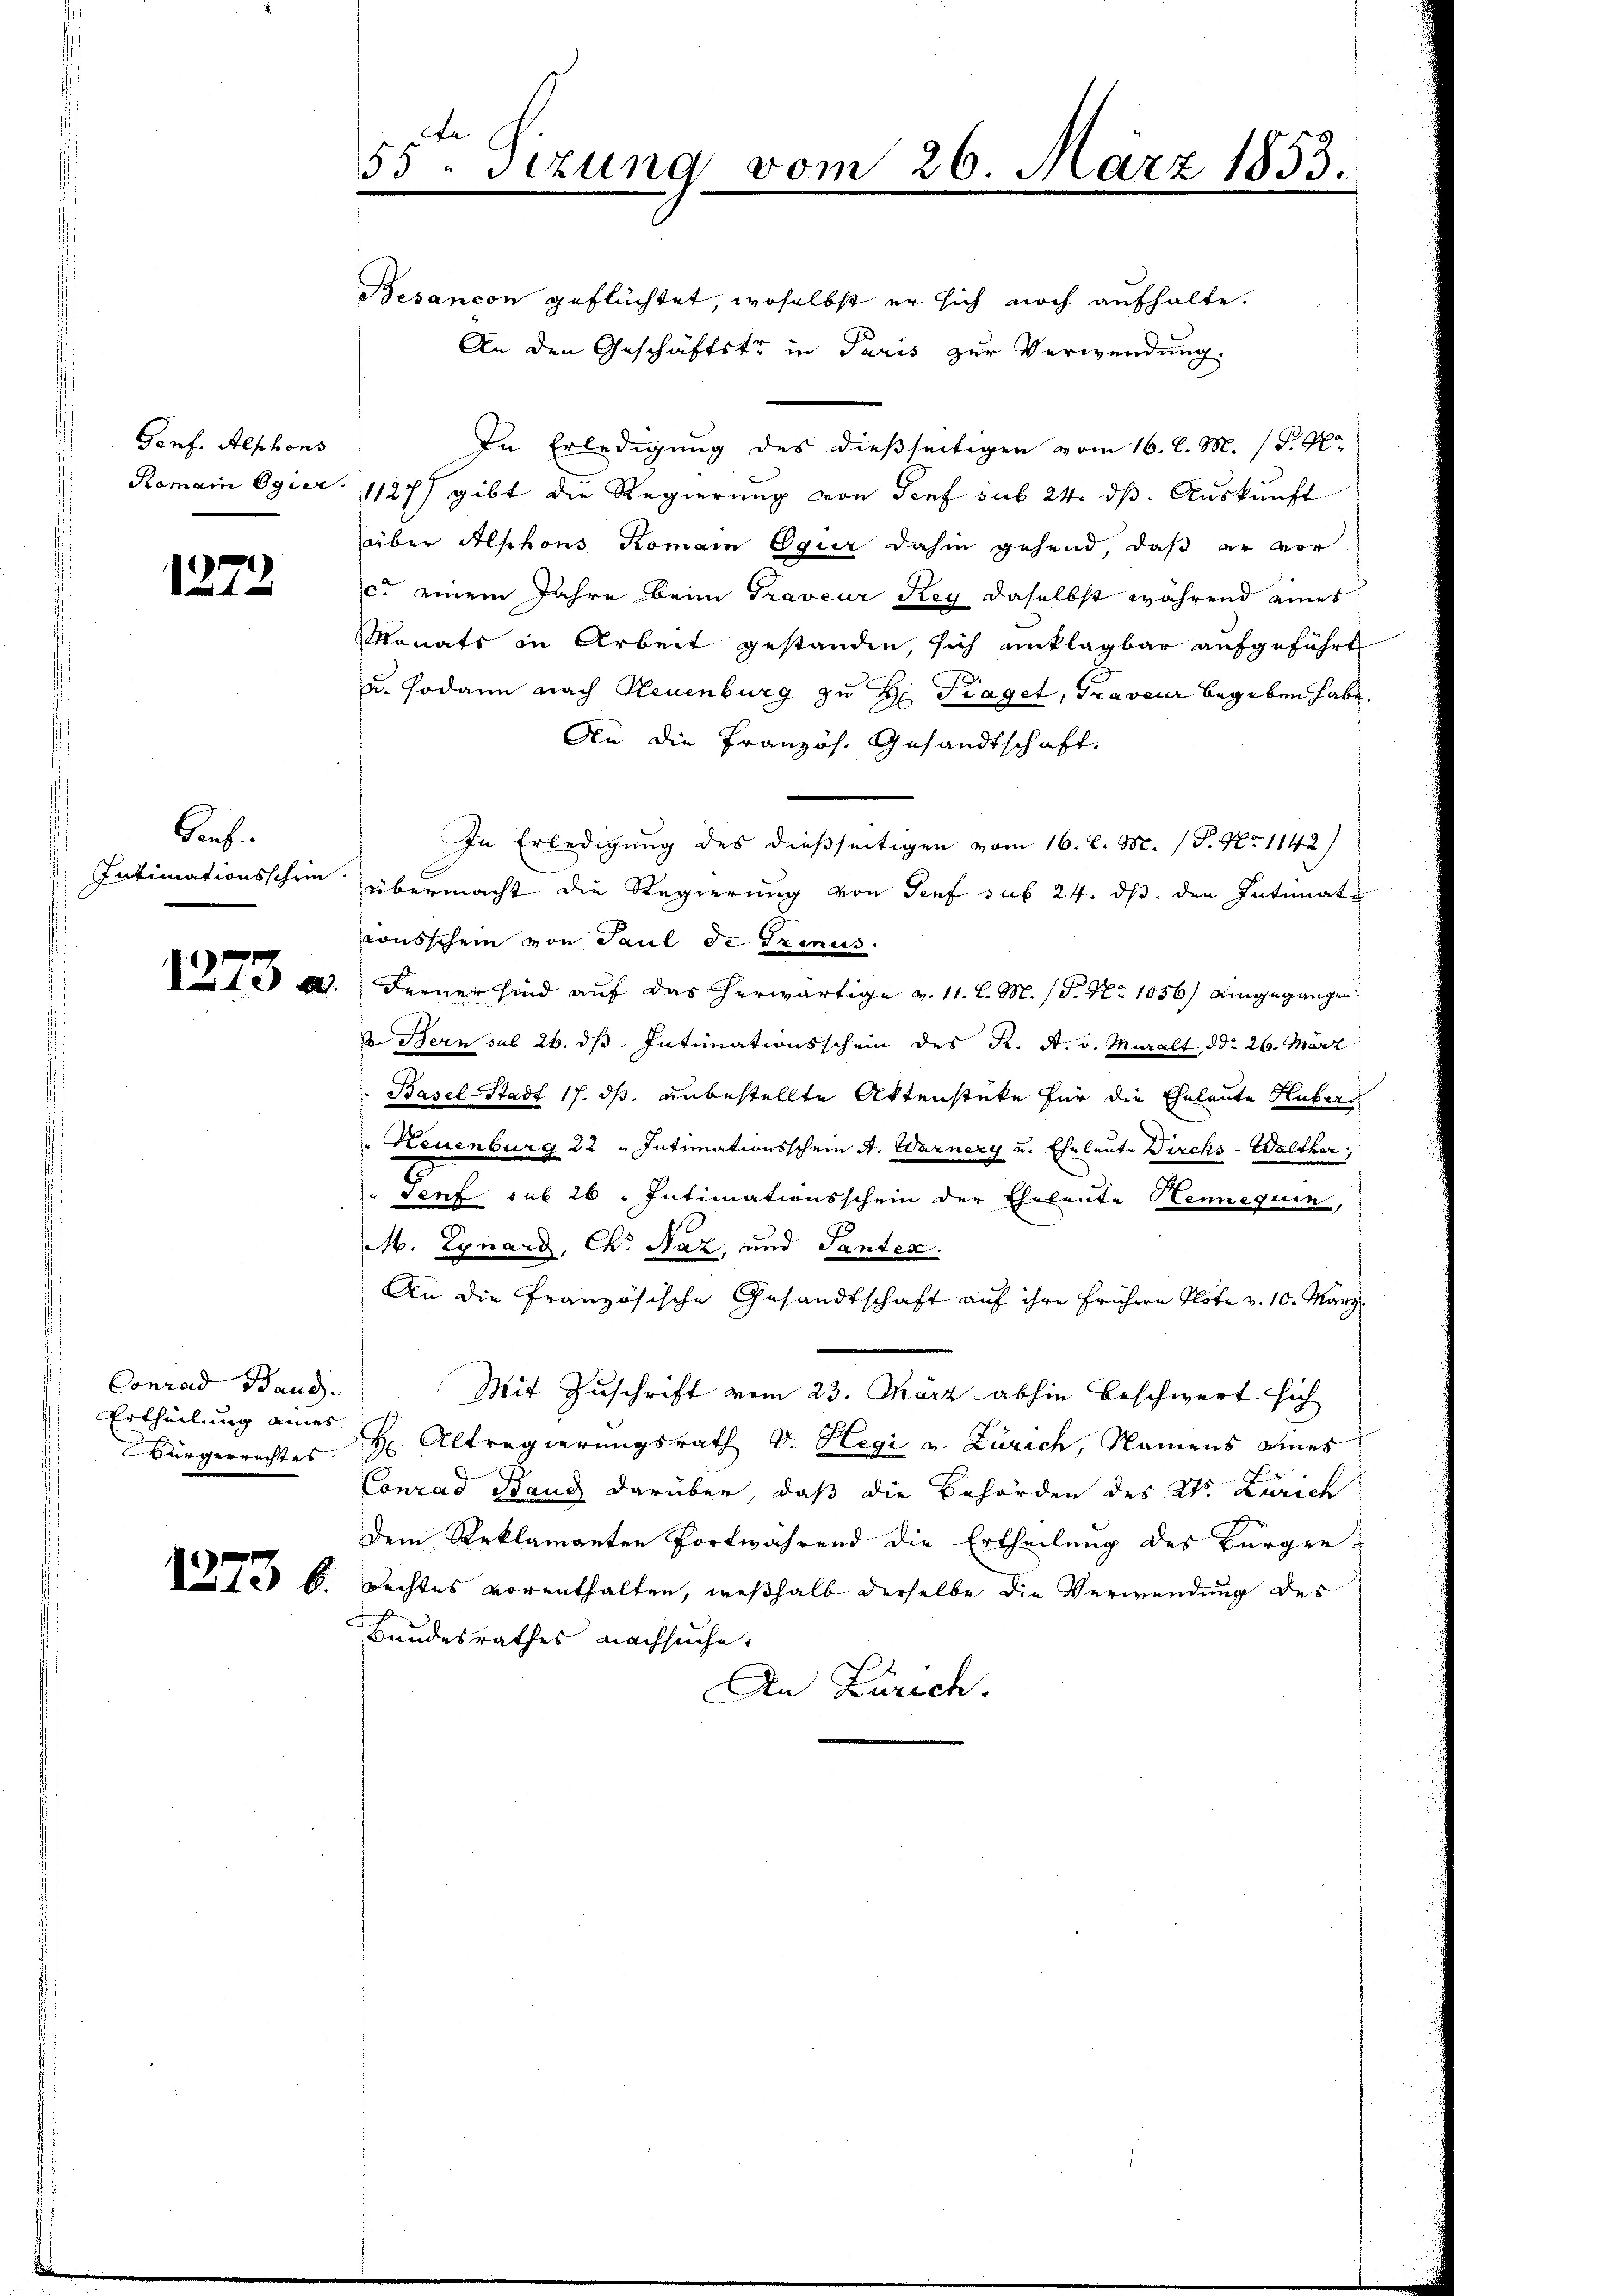
Genf. Alphons
Romain Egier

1272

Bonf.
Intimationsschrie
1273 a

Conrad Band.
Ertheilung eines
Bürgerrechtes

55 sizung vom 26. März 1853.

Besancon geflüchtet, woselbst er sich noch aufhalte.
An den Geschäftstr in Paris zur Verwendung.
In Erledigung des dießseitigen vom 16. l. M. (T. K.
1127) gibt die Regierung von Genf sub 24. dβ. Aŭskŭnft
über Alphons Romain Ogur dahin gehend, daß er vor
c. einem Jahre beim Traveur Rey daselbst während eines
Monats in Arbeit gestanden, sich unklagbar aufgeführt
u. sodann nach Neuenburg zu H: Fraget, Graveur begeben habe.
An die Französ. Gesandtschaft.
In Erledigung des dießseitigen vom 16. d. M. (T. No 1142)
übermacht die Regierung von Senf sub 24. ds. den Intimat
vonsschein von Paul de Trenus.
Ferner sind auf das herwärtige v. 11. l. M. (S. Nr. 1056) eingegangen
d Bern sub 26. ds Intimationsschein des K. A. v. Muralt ddo 26. März
Basel-Stadt 17. ds. unbestellte Aktenstüke für die Eheleute Hubers
Neuenburg 22 " Intimationsschein A. Warnery u. Eheleute Dirchs - Walther,
Senf sub 26. Intimationsschein der Eheleute Heneguin,
M. Egnard, Cho Naz, und Tanten.
An die Französische Gesandtschaft auf ihre frühern Klote v. 10. März
Mit Zuschrift vom 23. März abhin beschwert sich
H Altregierungsrath v. Hegi v. Zürich, Namens eines
Conrad Band darüber, daß die Behörden des Kts. Zürich
dem Reklamanten fortwährend die Ertheilung des Bürger-
 6. Rechtes vorenthalten, weßhalb derselbe die Verwendung des
Bundesrathes nachsuche,
An Zürich